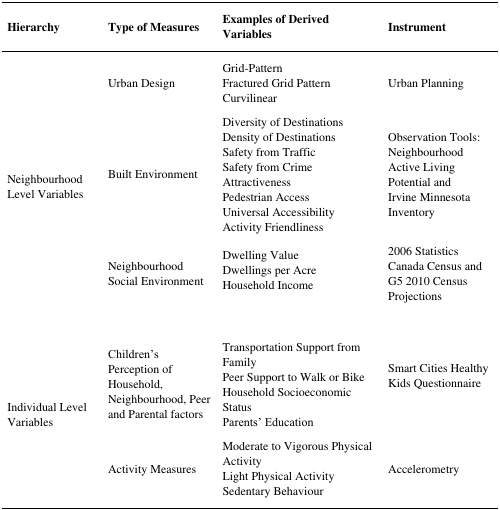
<table><thead><tr><td><b>Hierarchy</b></td><td><b>Type of Measures</b></td><td><b>Examples of Derived Variables</b></td><td><b>Instrument</b></td></tr></thead><tbody><tr><td rowspan="5">Neighbourhood Level Variables</td><td rowspan="3">Urban Design</td><td>Grid-Pattern</td><td rowspan="3">Urban Planning</td></tr><tr><td>Fractured Grid Pattern</td></tr><tr><td>Curvilinear</td></tr><tr><td>Built Environment</td><td>Diversity of DestinationsDensity of DestinationsSafety from TrafficSafety from CrimeAttractivenessPedestrian AccessUniversal AccessibilityActivity Friendliness</td><td>Observation Tools:NeighbourhoodActive LivingPotential andIrvine Minnesota Inventory</td></tr><tr><td>Neighbourhood Social Environment</td><td>Dwelling ValueDwellings per AcreHousehold Income</td><td>2006 Statistics Canada Census andG5 2010 Census Projections</td></tr><tr><td rowspan="2">Individual Level Variables</td><td>Children&#x27;s Perception of Household, Neighbourhood, Peer and Parental factors</td><td>Transportation Support from FamilyPeer Support to Walk or BikeHousehold Socioeconomic StatusParents&#x27; Education</td><td>Smart Cities Healthy Kids Questionnaire</td></tr><tr><td>Activity Measures</td><td>Moderate to Vigorous Physical ActivityLight Physical ActivitySedentary Behaviour</td><td>Accelerometry</td></tr></tbody></table>